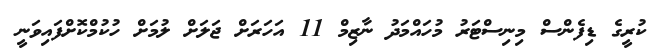
ކުރީގެ ޑިފެންސް މިނިސްޓަރު މުހައްމަދު ނާޒިމް 11 އަަހަރަށް ޖަލަށް ލުމަށް ހުކުމްކޮށްފައިވަނީ